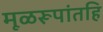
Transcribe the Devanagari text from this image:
मूळरूपांतहि